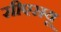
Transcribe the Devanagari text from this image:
सीएसयू